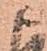
ま